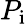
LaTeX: P_{\mathrm{i}}